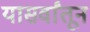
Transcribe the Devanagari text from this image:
यासर्वांतून